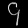
Digit: ၄